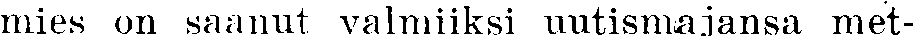
mies on saanut valmiiksi uutismajansa met-